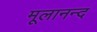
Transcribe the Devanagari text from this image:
मूलानन्द